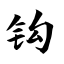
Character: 钩